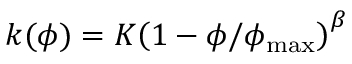
k ( \phi ) = K { { \left( 1 - { \phi } / { { { \phi } _ { \operatorname* { m a x } } } } \right) } ^ { \beta } }